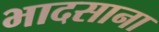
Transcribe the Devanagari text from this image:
भादसाना